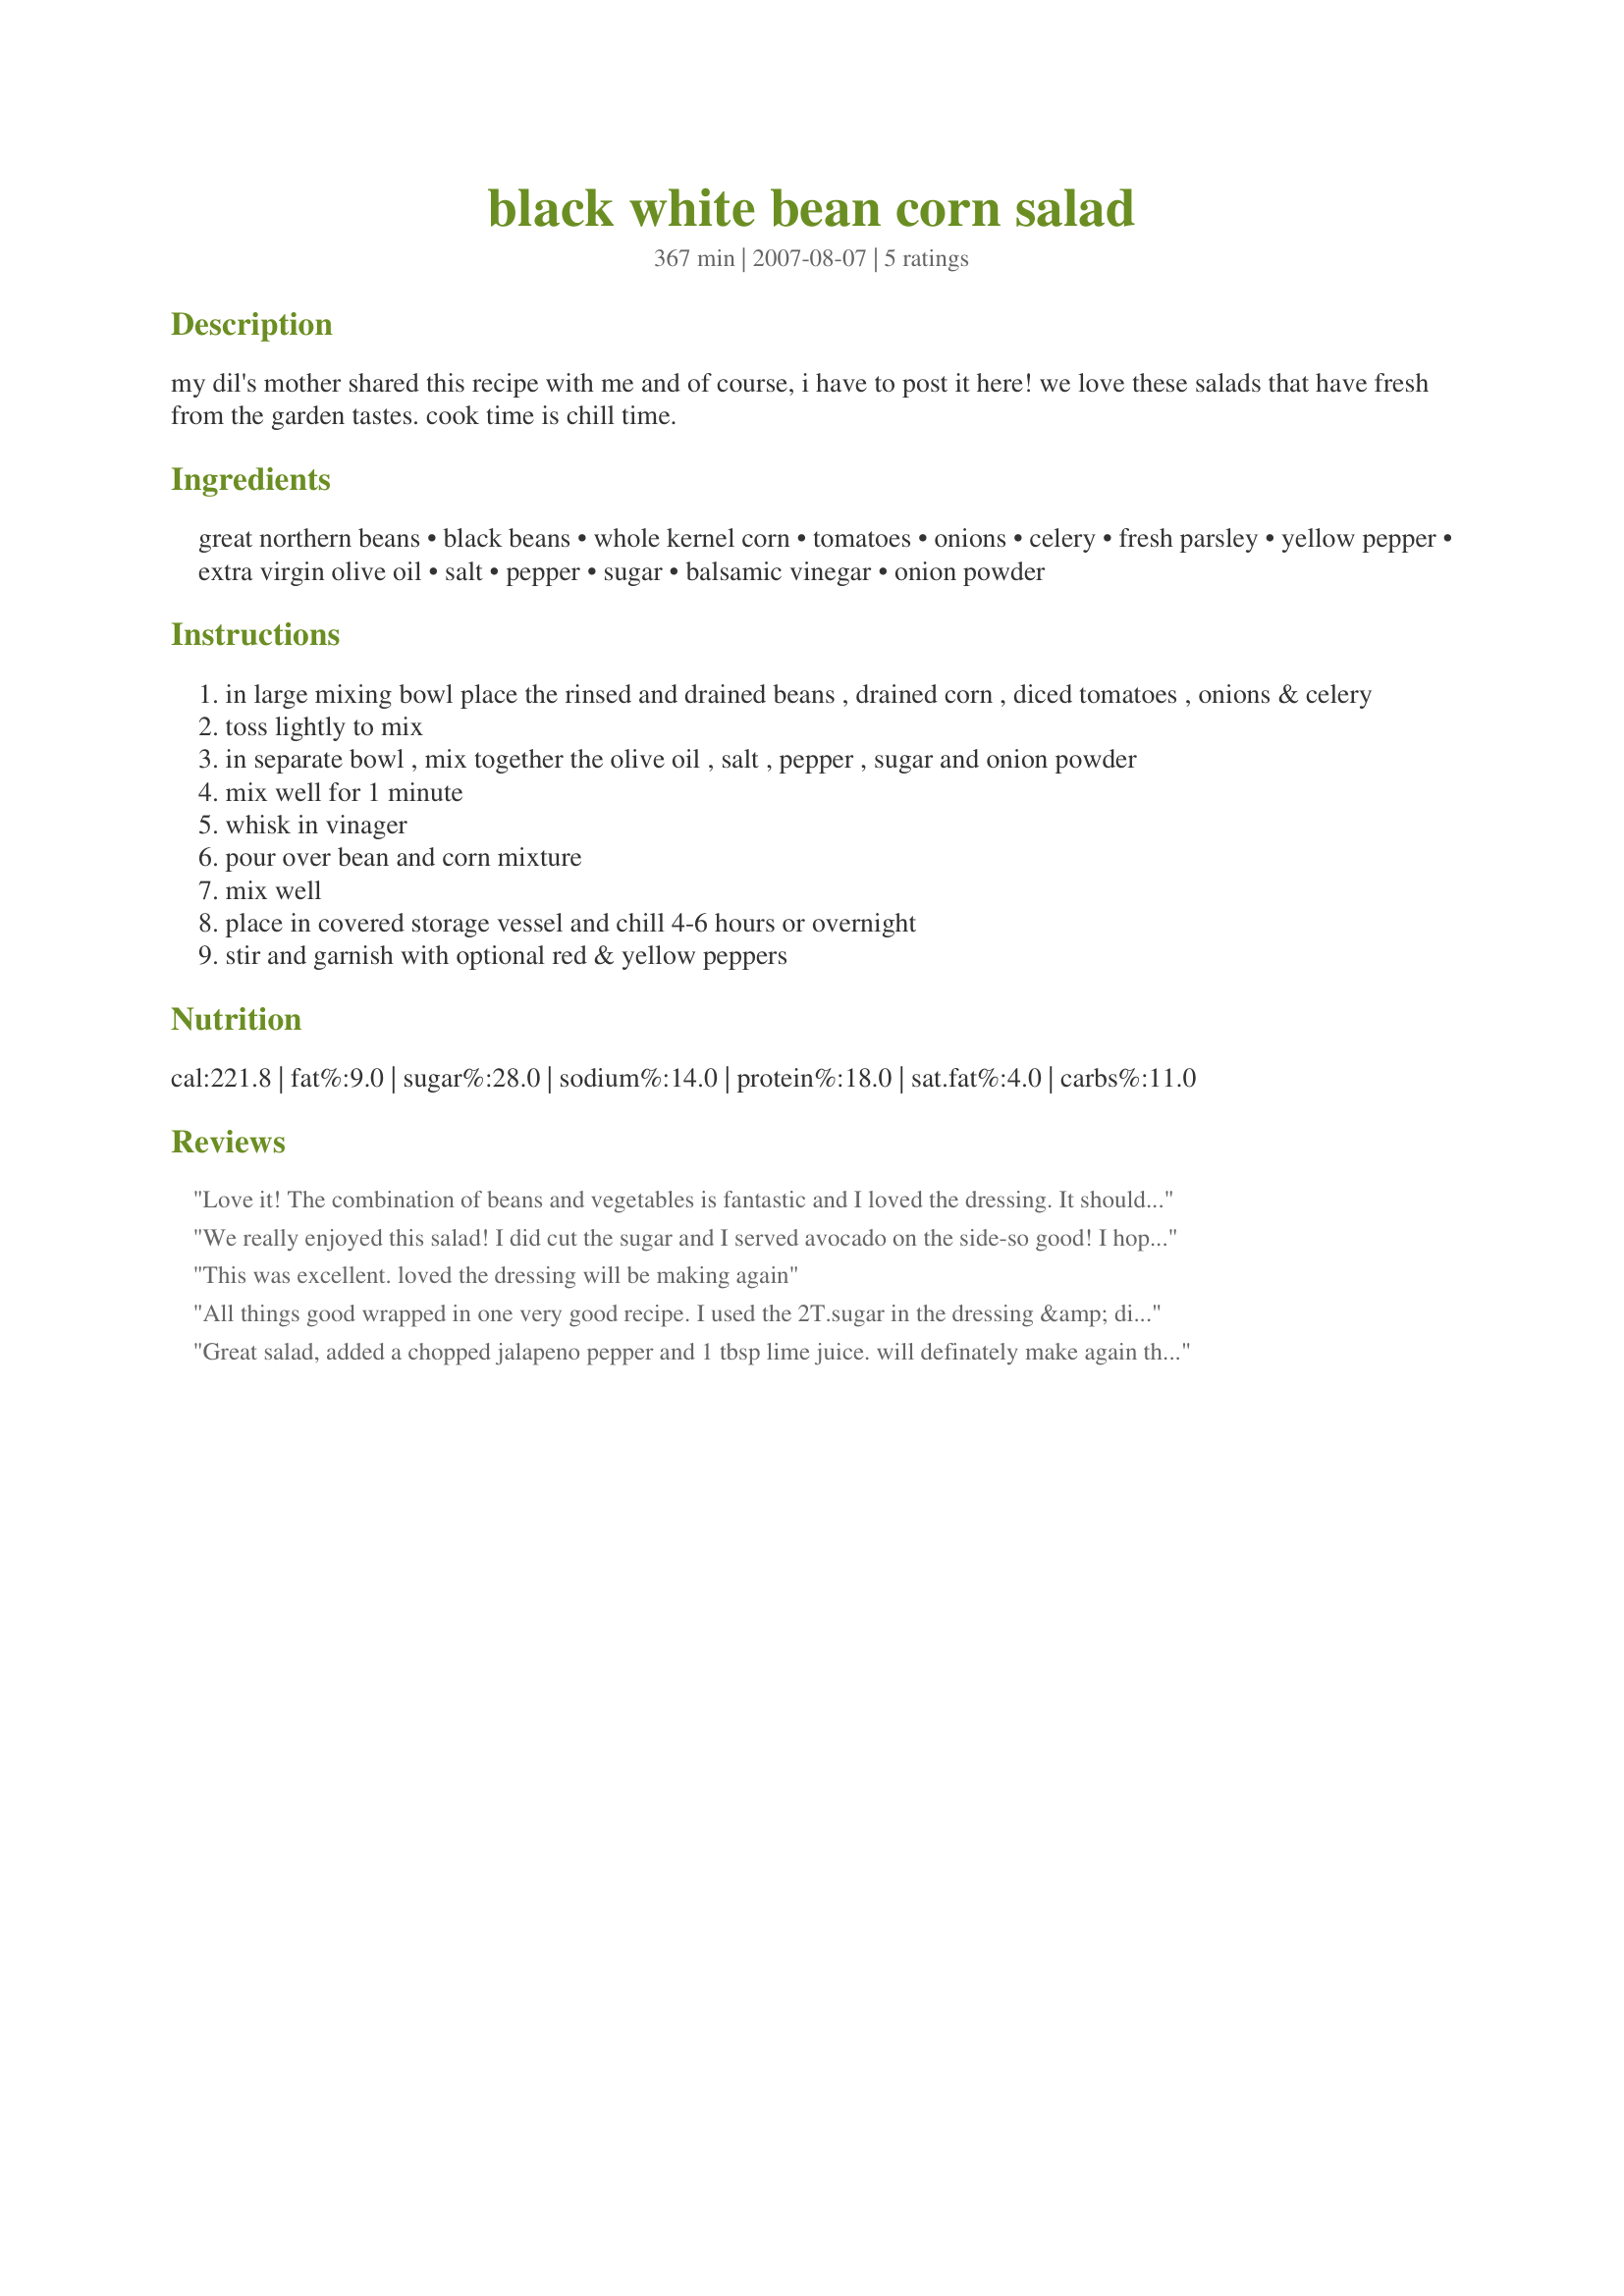
black white bean corn salad
Preparation time: 367 minutes

my dil's mother shared this recipe with me and of course, i have to post it here! we love these salads that have fresh from the garden tastes. cook time is chill time.

Ingredients:
great northern beans, black beans, whole kernel corn, tomatoes, onions, celery, fresh parsley, yellow pepper, extra virgin olive oil, salt, pepper, sugar, balsamic vinegar, onion powder

Steps:
in large mixing bowl place the rinsed and drained beans , drained corn , diced tomatoes , onions & celery
toss lightly to mix
in separate bowl , mix together the olive oil , salt , pepper , sugar and onion powder
mix well for 1 minute
whisk in vinager
pour over bean and corn mixture
mix well
place in covered storage vessel and chill 4-6 hours or overnight
stir and garnish with optional red & yellow peppers

Reviews:
Love it! The combination of beans and vegetables is fantastic and I loved the dressing. It should be noted that this is a sweet dressing, which I enjoyed, but next time I may reduce the amount of sugar. I omitted the parsley and celery because I didn't have any, and did use sweet pepper. Delicious!
We really enjoyed this salad! I did cut the sugar and I served avocado on the side-so good! I hope you don't mind but I passed it along to the ladies at work :) You got 3 more "5 star" reviews from them.
This was excellent. loved the dressing will be making again
All things good wrapped in one very good recipe. I used the 2T.sugar in the dressing &amp; didn&#039;t find it any too sweet at all, just right. Used 1 whole green bell pepper &amp; just tossed it in with the rest of the stuff. This is a great recipe to take to work &amp; have for that mid morning &amp; afternoon snack we all need. Serve it up in little bowls as the dressing will run all over your plate if you don&#039;t.
Great salad, added a chopped jalapeno pepper and 1 tbsp lime juice. will definately make again this summer.
